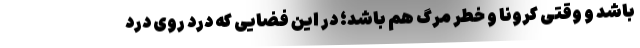
باشد و وقتی کرونا و خطر مرگ هم باشد؛ در این فضایی که درد روی درد